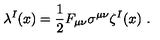
\lambda ^ { I } ( x ) = \frac { 1 } { 2 } F _ { \mu \nu } \sigma ^ { \mu \nu } \zeta ^ { I } ( x ) \ .